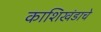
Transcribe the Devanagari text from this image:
काशिखंडाचे